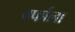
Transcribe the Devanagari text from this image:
बर्फाला